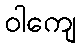
ဝါကျေ